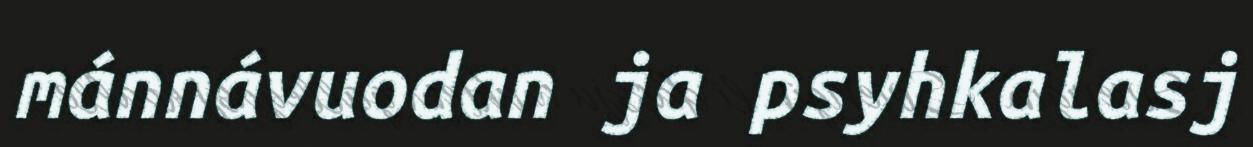
mánnávuodan ja psyhkalasj